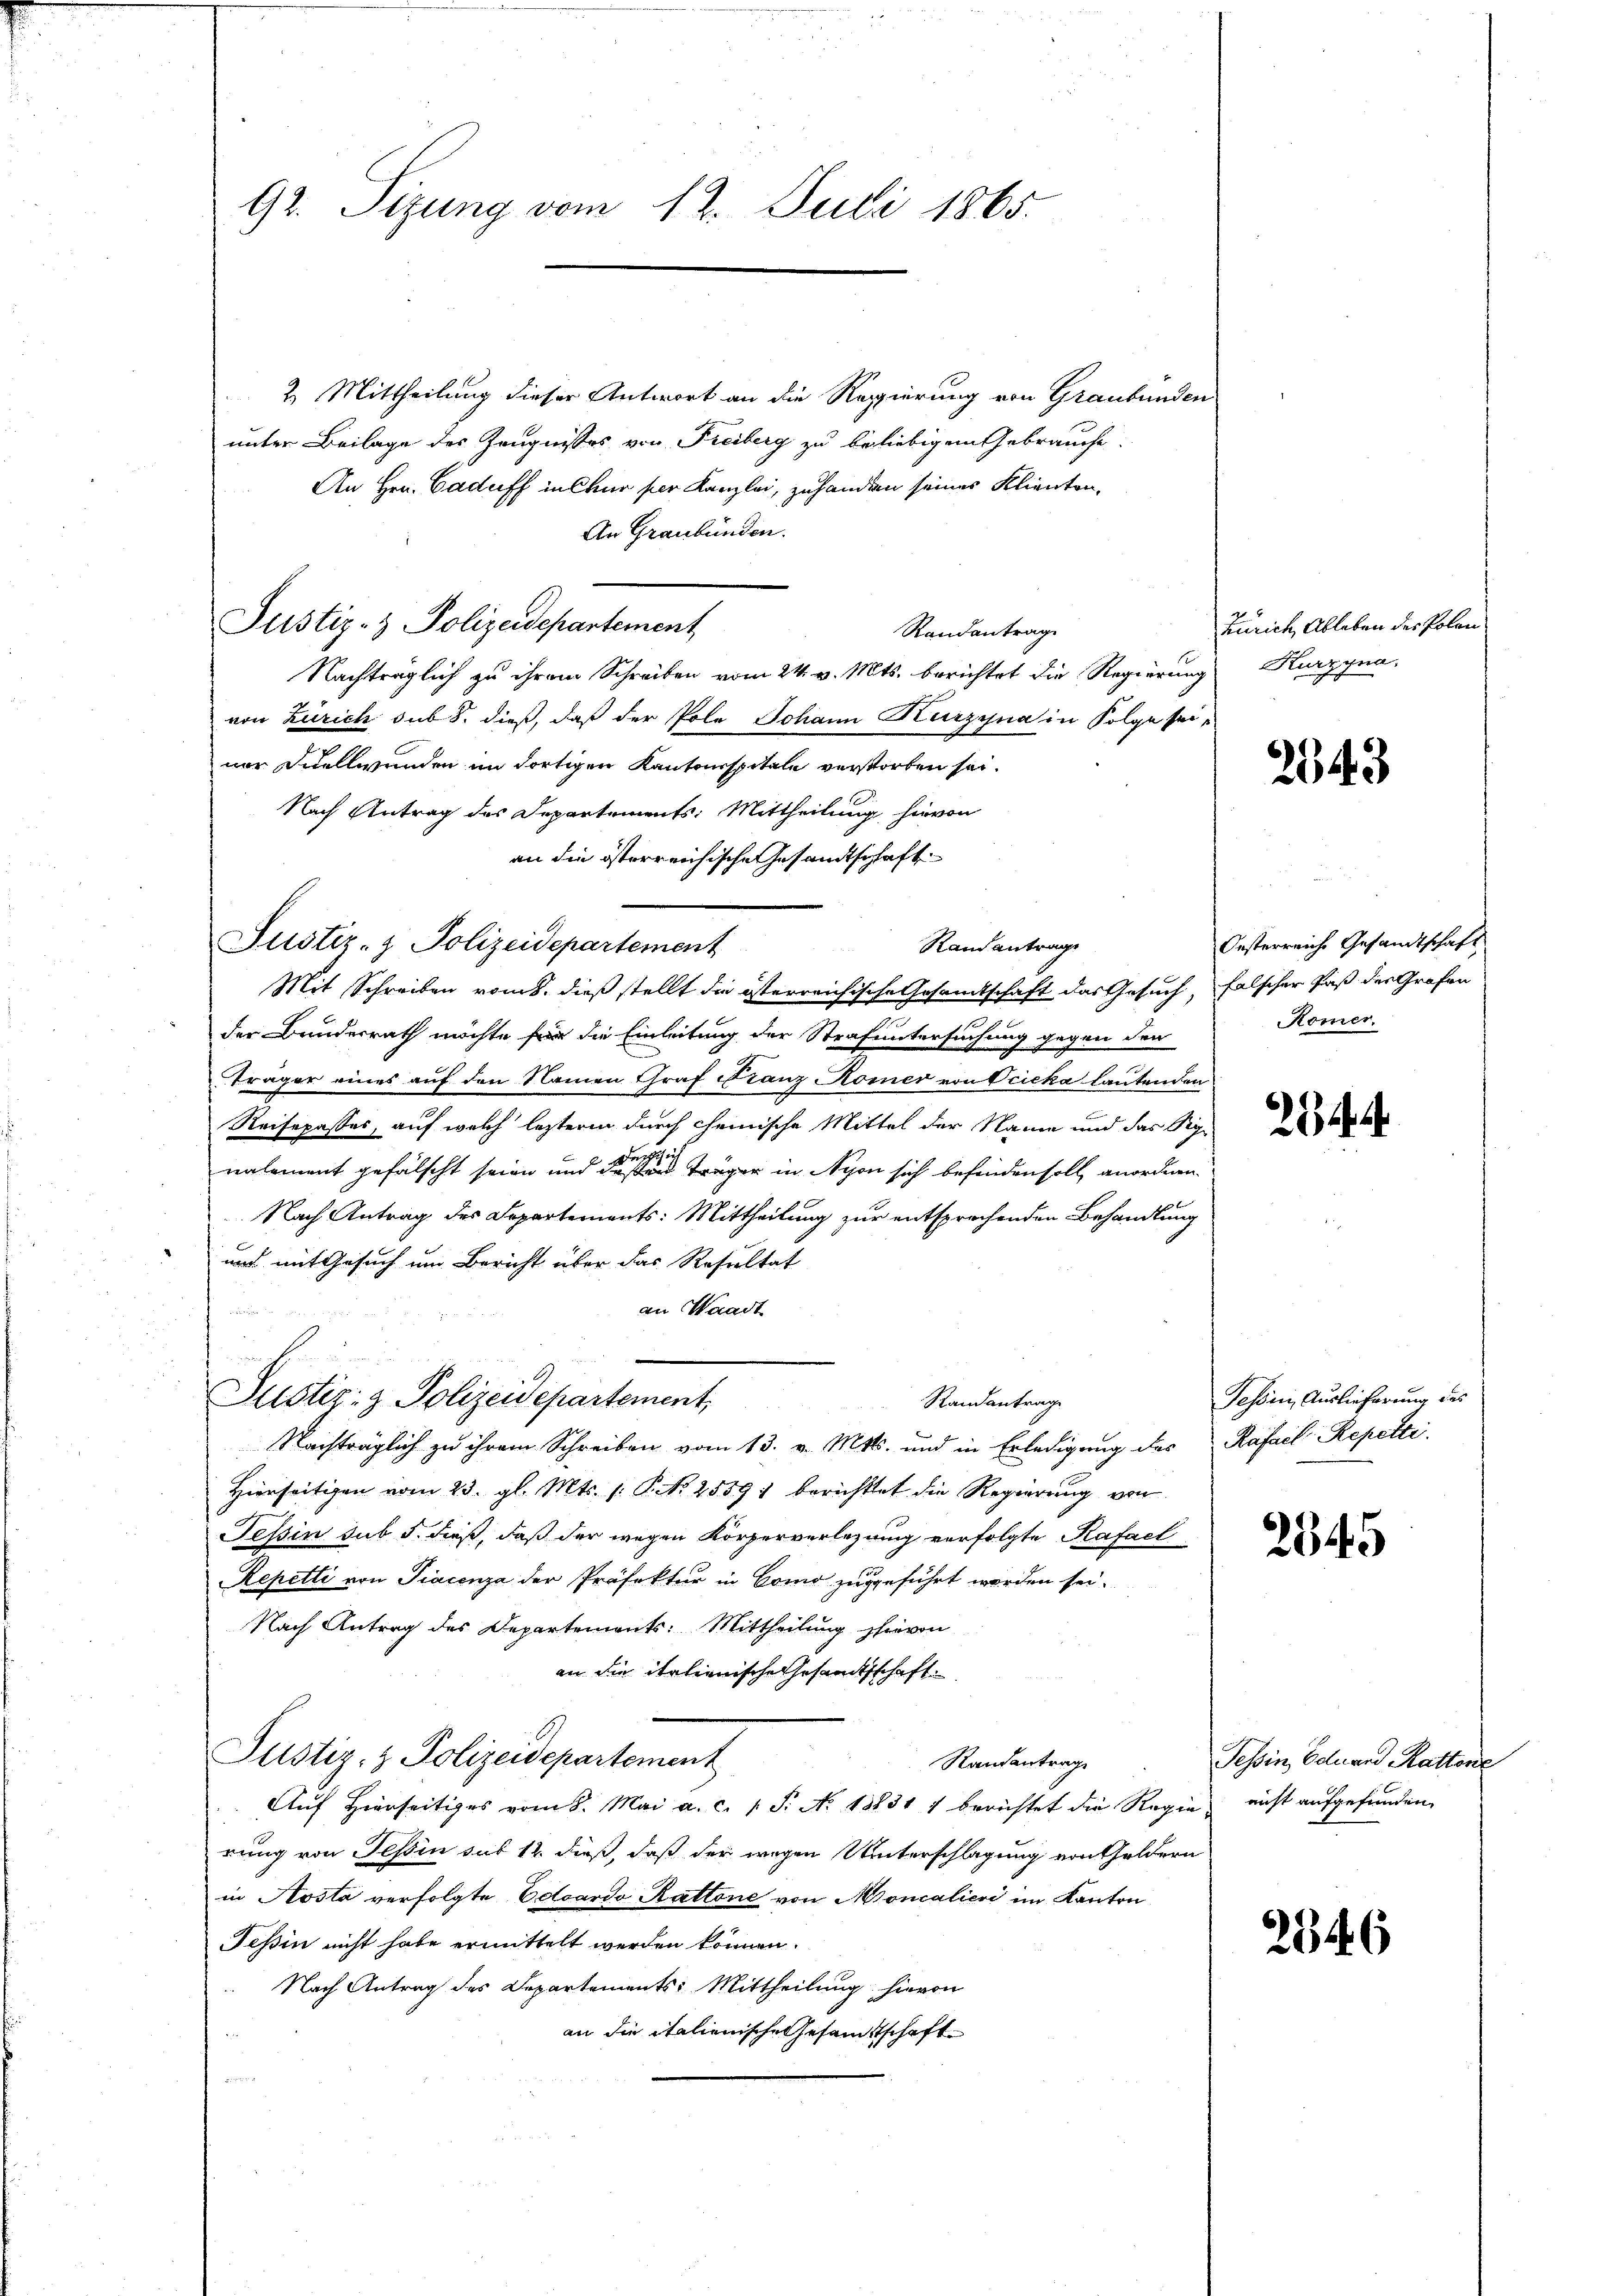
92. Sizung vom 12. Juli 1865.

2. Mittheilung dieser Antwort an die Regierung von Graubünden
unter Beilage des Zeugnisses von Freiberg zu beliebigem Gebrauche.
An Hrn. Caduff in Chur per Kanzlei, zuhanden seines Klienten,
An Graubünden.
Justiz- & Polizeidepartement
Randantrage
Nachträglich zu ihrem Schreiben vom 24. v. Mts. berichtet die Regierung Kurzyna,
von Zürich sub 8. dieß, daß der Pola Johann Kurzyna in Folge seiner Fidellwunden im dortigen Kantonsspitale verstorben sei.
Nach Antrag des Departements: Mittheilung hievon
an die österreichische Gesandtschaft
Rand antrage
Justiz- & Polizeidepartement
Mit Schreiben vom 8. dieß stellt die österreichische Gesandtschaft das Gesuch, falscher Paß der Grafen
der Bunderrath möchte für die Einleitung der Strafuntersuchung gegen den
Träger eines auf den Namen Graf Franz Komer von Scieka lautenden
Reisepasses, auf welch leztere durch chemische Mittel der Name und das Signalement gefälscht seien und diese träger in Nyon sich befinden soll, anordnen.
Nach Antrag des Departements: Mittheilung zur entsprechenden Behandlung
und mit Gesuch um Bericht über das Resultat
an Waadt
u
Justiz- & Polizeidepartement,
Randantrag
Nachträglich zu ihrem Schreiben vom 13. v. Mts. und in Erledigung des Rafael Repetti
Hierseitigen vom 23. gl. Mts. (: P. Nr. 2559) berichttet die Regierung von
Tessin sub 5. dieß, daß der wegen Körperverlegung verfolgte Kafael
Repetti von Piacenza der Präfektur in Como zugeführt werden sei.
Nach Antrag des Departements: Mittheilung hievon
an die italienische Gesamtsschaft.
Justiz- & Polizeidepartement
Randantrage
Auf Hierseitiges vom 8. Mai a. c. 1 S. No. 18831 1 berichtet die Regie nicht aufgefunden,
rung von Tessin sub 12 dieß, daß der wegen Unterschlagung von Geldern
in Kosta verfolgte Eduardo Rattone von Moncalieri im Kanton
Tessin nicht habe ermittelt werden können.
Nach Antrag des Departements: Mittheilung hievon
an die italienische Gesamtschaft

Zürich Ableben des Polen

Oesterreiche Gesandtschaft
Kömer.

Pehöni, Auslieferung des

Tessin, Eduard Rattone

2543

.

2545

2546